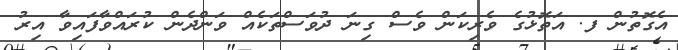
އެގޮތުން ފ. އަތޮޅުގެ ވެރިކަން ވެސް ގިނަ ދުވަސްތަކެއް ވަންދެން ކުރައްވާފައިވާ އިރު